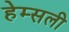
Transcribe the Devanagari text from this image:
हेम्सली